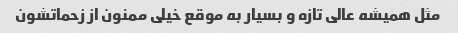
مثل همیشه عالی تازه و بسیار به موقع خیلی ممنون از زحماتشون